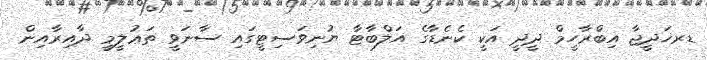
ޑރޚަދީޖާ އިބްރާހީމް ދީދީ އަކީ ކެނެޑާގެ އަލްބާޓާ ޔުނިވަސިޓީގައި ސާނަވީ ތަޢުލީމީ ދާއިރާއިން